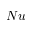
N u